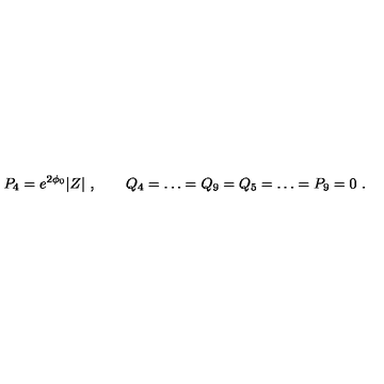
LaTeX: P _ { 4 } = e ^ { 2 \phi _ { 0 } } | Z | \ , \qquad Q _ { 4 } = \dots = Q _ { 9 } = Q _ { 5 } = \dots = P _ { 9 } = 0 \ .